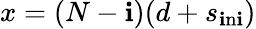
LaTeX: x=(N-\mathbf{i})(d+s_{\mathrm{{\mathbf{i}n\mathbf{i}}}})